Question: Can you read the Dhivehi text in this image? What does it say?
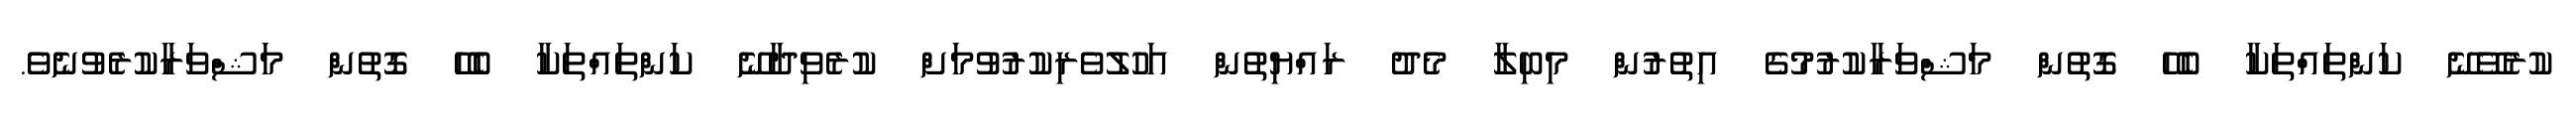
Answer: ކުރެވޭނޭ ކަންތައްތަކާ ބެހޭ ގޮތުން މަޝްވަރާކުރުމުގެ އިތުރުން މިބިލާ މެދު ރައްޔިތުން އަހުލުވެރިކުރުވުމަށް ކުރެވިދާނޭ ކަންތައްތަކާ ބެހޭ ގޮތުން މަޝްވަރާކުރެވުނެވެ.